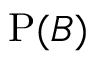
\mathrm { P } ( B )